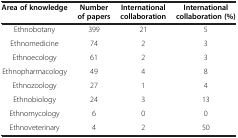
<table><thead><tr><td><b>Area of knowledge</b></td><td><b>Number of papers</b></td><td><b>International collaboration</b></td><td><b>International collaboration (%)</b></td></tr></thead><tbody><tr><td>Ethnobotany</td><td>399</td><td>21</td><td>5</td></tr><tr><td>Ethnomedicine</td><td>74</td><td>2</td><td>3</td></tr><tr><td>Ethnoecology</td><td>61</td><td>2</td><td>3</td></tr><tr><td>Ethnopharmacology</td><td>49</td><td>4</td><td>8</td></tr><tr><td>Ethnozoology</td><td>27</td><td>1</td><td>4</td></tr><tr><td>Ethnobiology</td><td>24</td><td>3</td><td>13</td></tr><tr><td>Ethnomycology</td><td>6</td><td>0</td><td>0</td></tr><tr><td>Ethnoveterinary</td><td>4</td><td>2</td><td>50</td></tr></tbody></table>